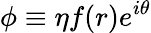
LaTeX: \phi\equiv\eta f(r)e^{i\theta}